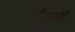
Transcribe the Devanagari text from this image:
पैहली